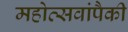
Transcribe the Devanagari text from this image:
महोत्सवांपैकी